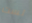
لست